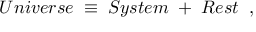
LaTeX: { \cal U } n i v e r s e \; \equiv \; { \cal S } y s t e m \; + \; { \cal R } e s t \; \; ,